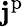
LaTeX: \mathbf{j}^{\mathrm{p}}